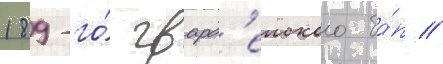
189-го́ гвард'еиского ба́п //